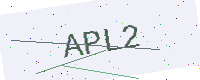
Text: APL2